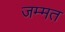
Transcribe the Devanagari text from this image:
जम्‍मत